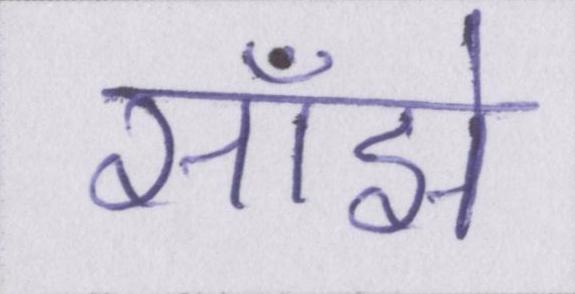
साँझे